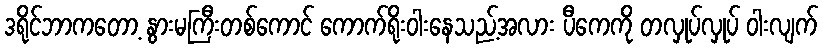
ဒရိုင်ဘာကတော့ နွားမကြီးတစ်ကောင် ကောက်ရိုးဝါးနေသည့်အလား ပီကေကို တလှုပ်လှုပ် ဝါးလျက်